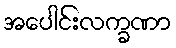
အပေါင်းလက္ခဏာ